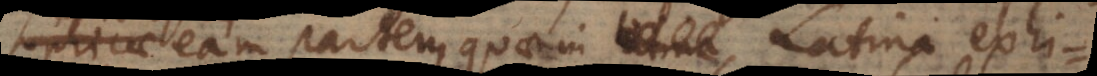
philosophicae eam partem quae in Latina exhibetur,